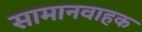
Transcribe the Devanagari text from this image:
सामानवाहक